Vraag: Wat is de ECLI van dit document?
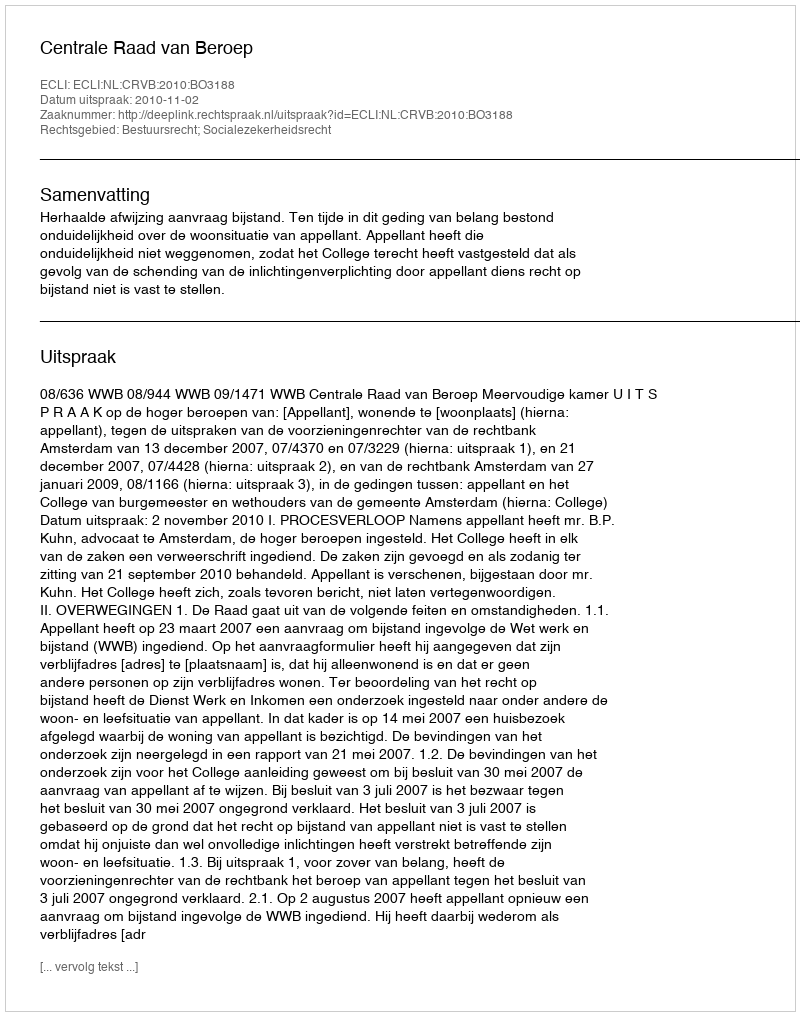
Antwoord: ECLI:NL:CRVB:2010:BO3188